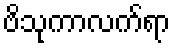
ဗိသုကာလက်ရာ